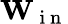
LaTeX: \mathbf{W}_{\mathrm{~i~n~}}